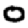
Digit: 0